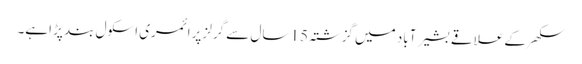
سکھر کے علاقے بشیر آباد میں گزشتہ 15 سال سے گرلز پرائمری اسکول بند پڑ اہے۔